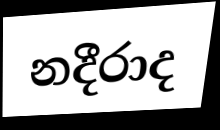
නදීරාද